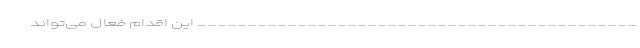
____________________________________________ این اقدام فعال می‌تواند